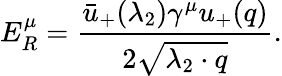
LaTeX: E_{R}^{\mu}={\frac{\bar{u}_{+}(\lambda_{2})\gamma^{\mu}u_{+}(q)}{2\sqrt{\lambda_{2}\cdot q}}}.